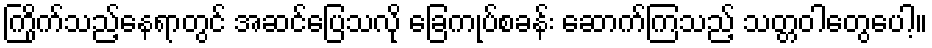
ကြိုက်သည့်နေရာတွင် အဆင်ပြေသလို ခြေကုပ်စခန်း ဆောက်ကြသည့် သတ္တဝါတွေပေါ့။